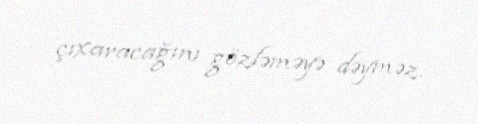
çıxaracağını gözləməyə dəyməz.